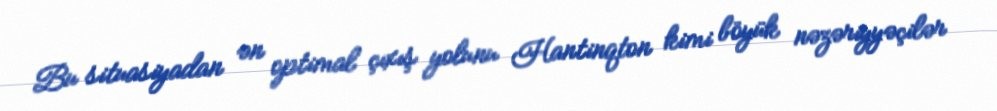
Bu situasiyadan ən optimal çıxış yolunu Hantinqton kimi böyük nəzəriyyəçilər